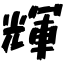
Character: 輝